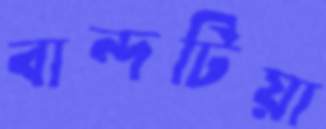
বান্দটিয়া